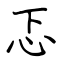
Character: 忑